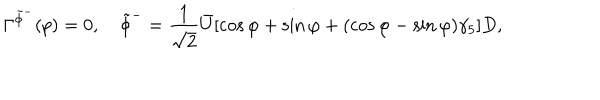
LaTeX: \Gamma ^ { \tilde { \phi } ^ { - } } ( p ) = 0 , \tilde { \phi } ^ { - } = \frac { 1 } { \sqrt { 2 } } \bar { U } [ \cos \varphi + \sin \varphi + ( \cos \varphi - \sin \varphi ) \gamma _ { 5 } ] D ,